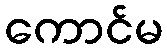
ကောင်မ